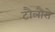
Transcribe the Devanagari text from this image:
टौलौसे